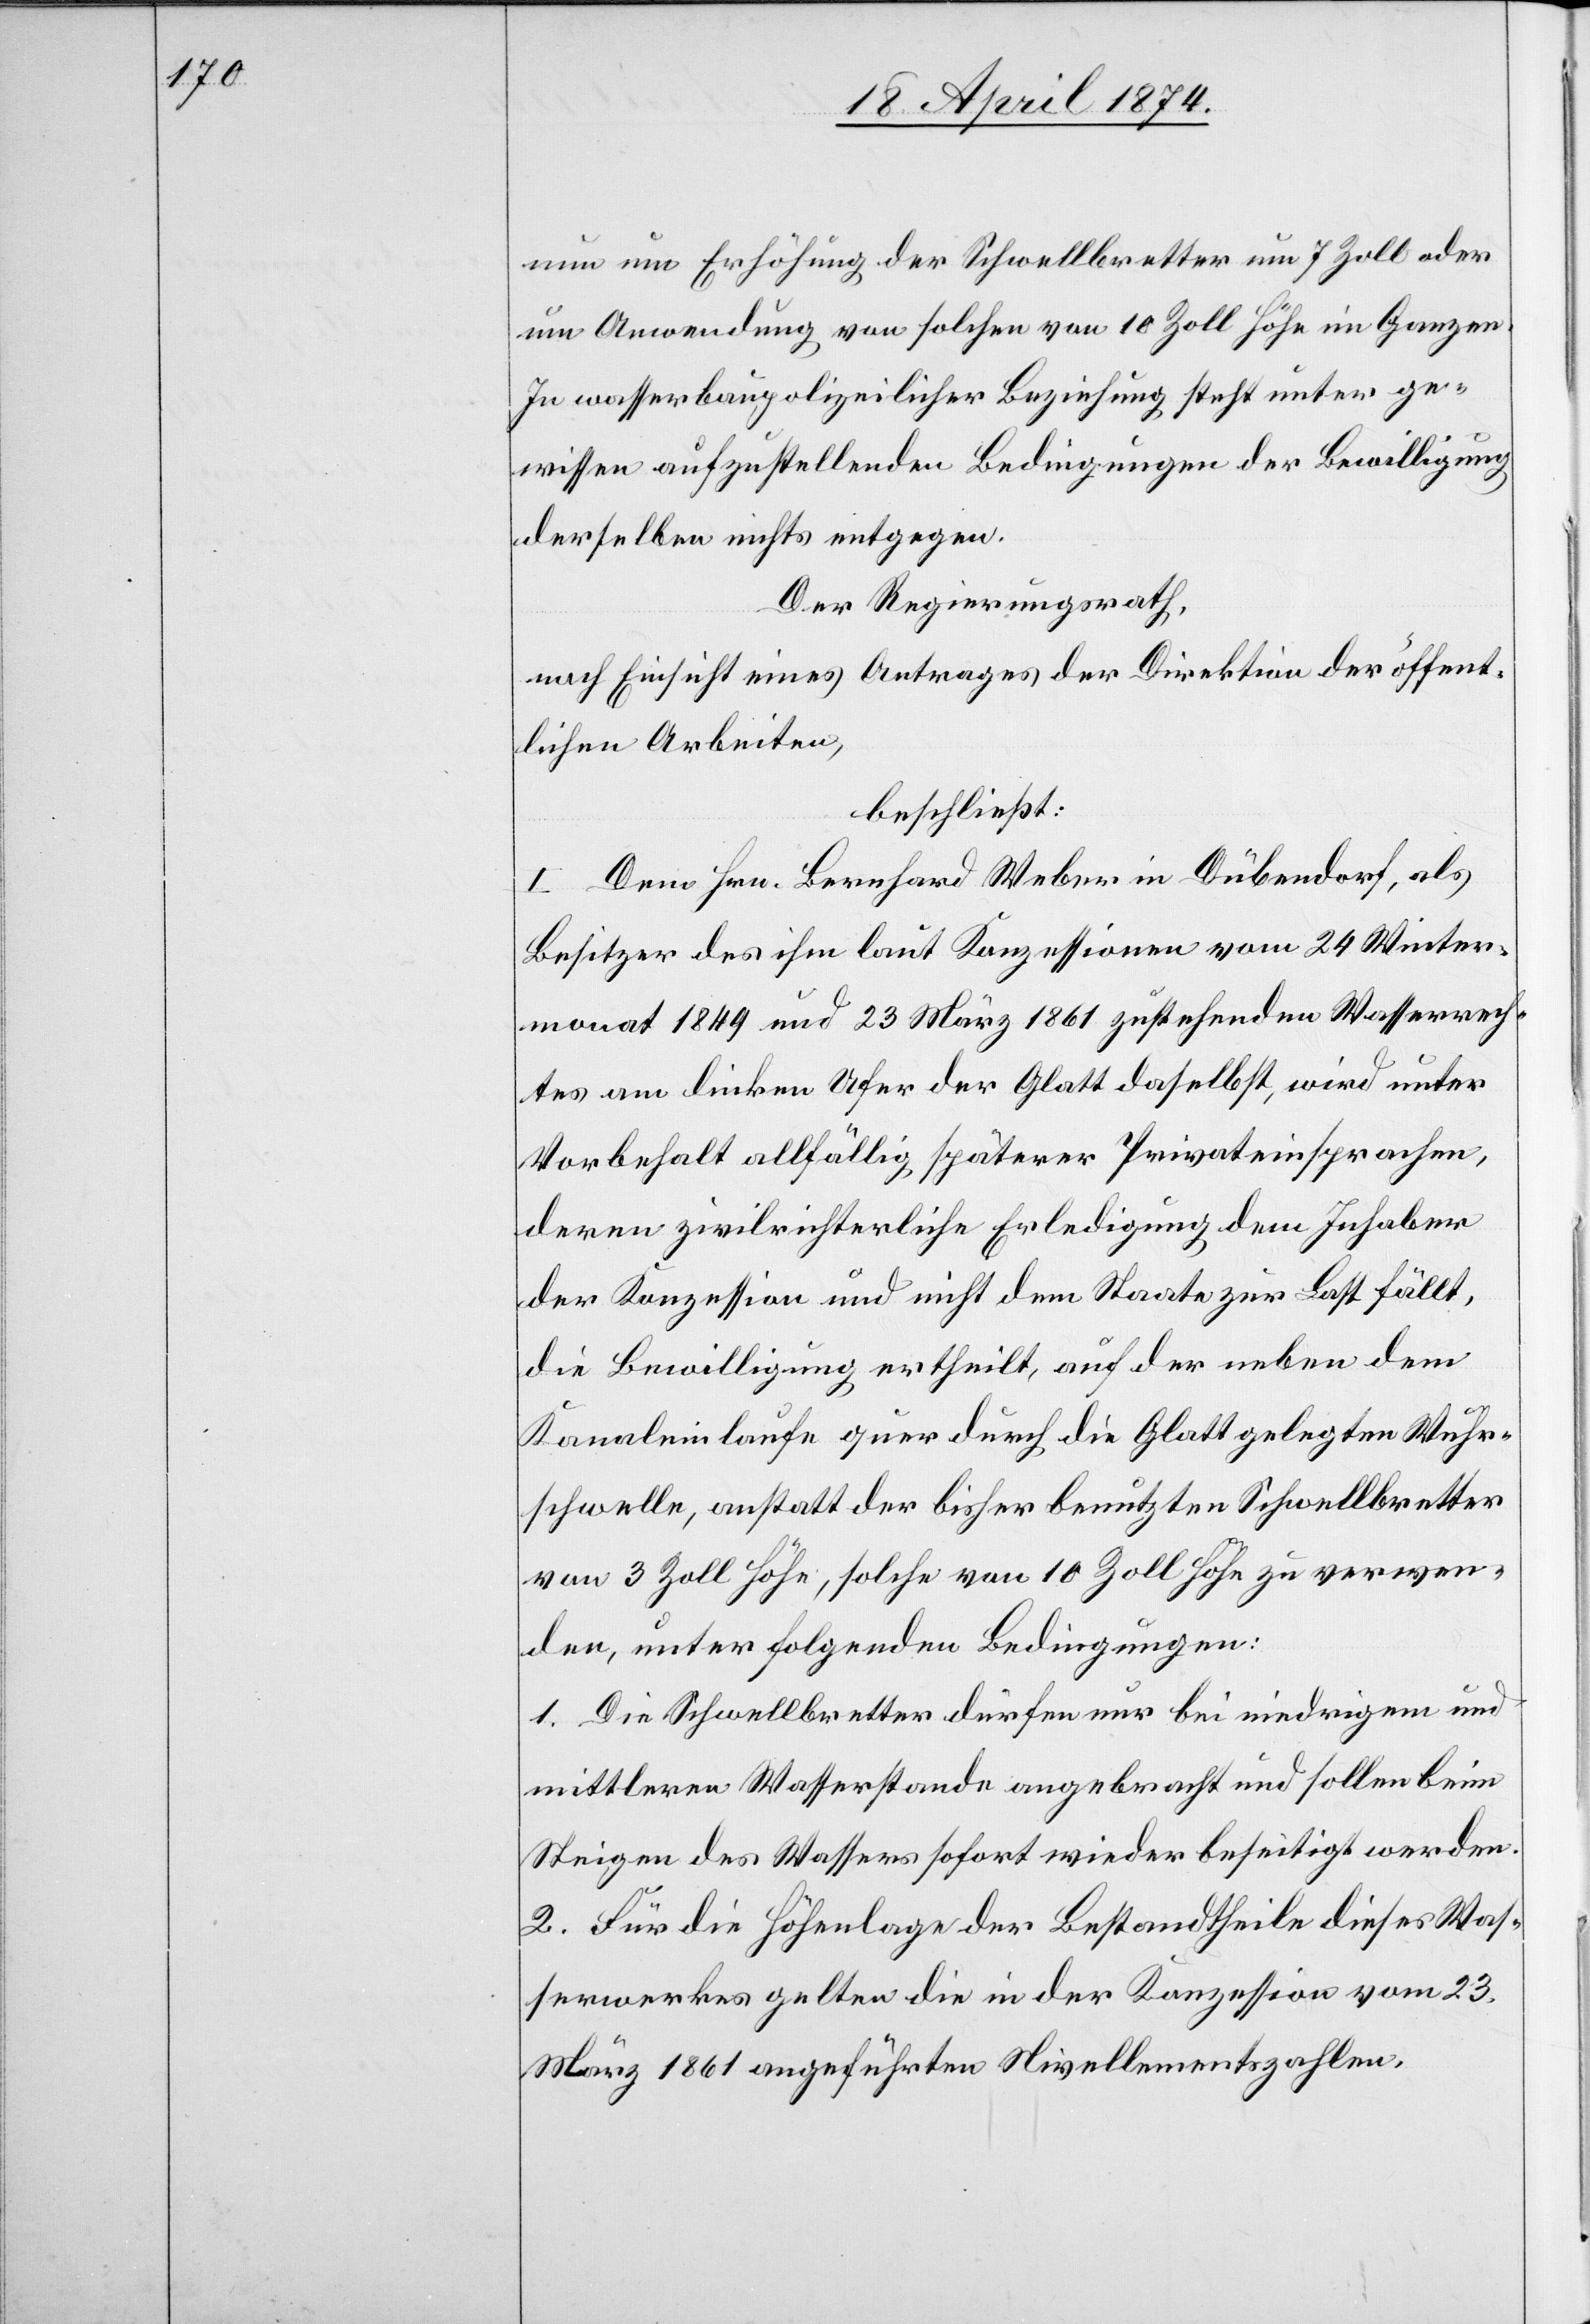
nun um Erhöhung der Schwellbretter um 7 Zoll oder
um Anwendung von solchen von 10 Zoll Höhe im Ganzen.
In wasserbaupolizeilicher Beziehung steht unter ge¬
wissen aufzustellenden Bedingungen der Bewilligung
derselben nichts entgegen.
Der Regierungsrath,
nach Einsicht eines Antrages der Direktion der öffent¬
lichen Arbeiten,
beschließt:
I. Dem Hrn. Bernhard Weber in Dübendorf, als
Besitzer des ihm laut Konzessionen vom 24 Winter¬
monat 1849 und 23. März 1861 zustehenden Wasserrech¬
tes am linken Ufer der Glatt daselbst, wird unter
Vorbehalt allfällig späterer Privateinsprachen,
deren zivilrichterliche Erledigung dem Inhaber
der Konzession und nicht dem Staate zur Last fällt,
die Bewilligung ertheilt, auf der neben dem
Kanaleinlaufe quer durch die Glatt gelegten Wuhr¬
schwelle, anstatt der bisher benutzten Schwellbretter
von 3 Zoll Höhe, solche von 10 Zoll Höhe zu verwen¬
den, unter folgenden Bedingungen:
1. Die Schwellbretter dürfen nur bei niedrigem und
mittleren Wasserstande angebracht und sollen beim
Steigen des Wassers sofort wieder beseitigt werden.
2. Für die Höhenlage der Bestandtheile dieses Was¬
serwerkes gelten die in der Konzession vom 23.
März 1861 angeführten Nivellementszahlen.